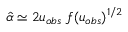
\hat { \alpha } \simeq 2 u _ { o b s } \; f ( u _ { o b s } ) ^ { 1 / 2 }